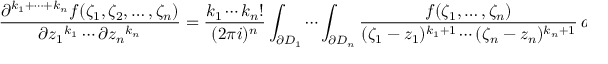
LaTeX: { \frac { \partial ^ { k _ { 1 } + \cdots + k _ { n } } f ( \zeta _ { 1 } , \zeta _ { 2 } , \ldots , \zeta _ { n } ) } { \partial { z _ { 1 } } ^ { k _ { 1 } } \cdots \partial { z _ { n } } ^ { k _ { n } } } } = { \frac { k _ { 1 } \cdots k _ { n } ! } { ( 2 \pi i ) ^ { n } } } \int _ { \partial D _ { 1 } } \cdots \int _ { \partial D _ { n } } { \frac { f ( \zeta _ { 1 } , \dots , \zeta _ { n } ) } { ( \zeta _ { 1 } - z _ { 1 } ) ^ { k _ { 1 } + 1 } \cdots ( \zeta _ { n } - z _ { n } ) ^ { k _ { n } + 1 } } } \, d \zeta _ { 1 } \cdots d \zeta _ { n } .